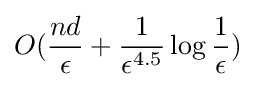
O({\frac {nd}{\epsilon }}+{\frac {1}{\epsilon ^{4.5}}}\log {\frac {1}{\epsilon }})